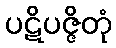
ပဋိပဇ္ဇိတုံ